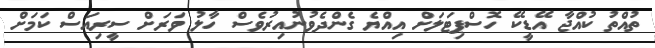
ތުއްތު ކުއްޖާ އޭޑީކޭ ހޮސްޕިޓަލަށް އިއްޔެ ގެންދެވުނުއިރުވެސް ހާލު ވަރަށް ސީރިއަސް ކަމަށް